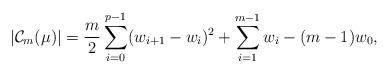
LaTeX: \begin{align*}|\mathcal{C}_m(\mu)|=\frac{m}{2}\sum_{i=0}^{p-1}(w_{i+1}-w_{i})^2+\sum_{i=1}^{m-1}w_i-(m-1)w_0,\end{align*}